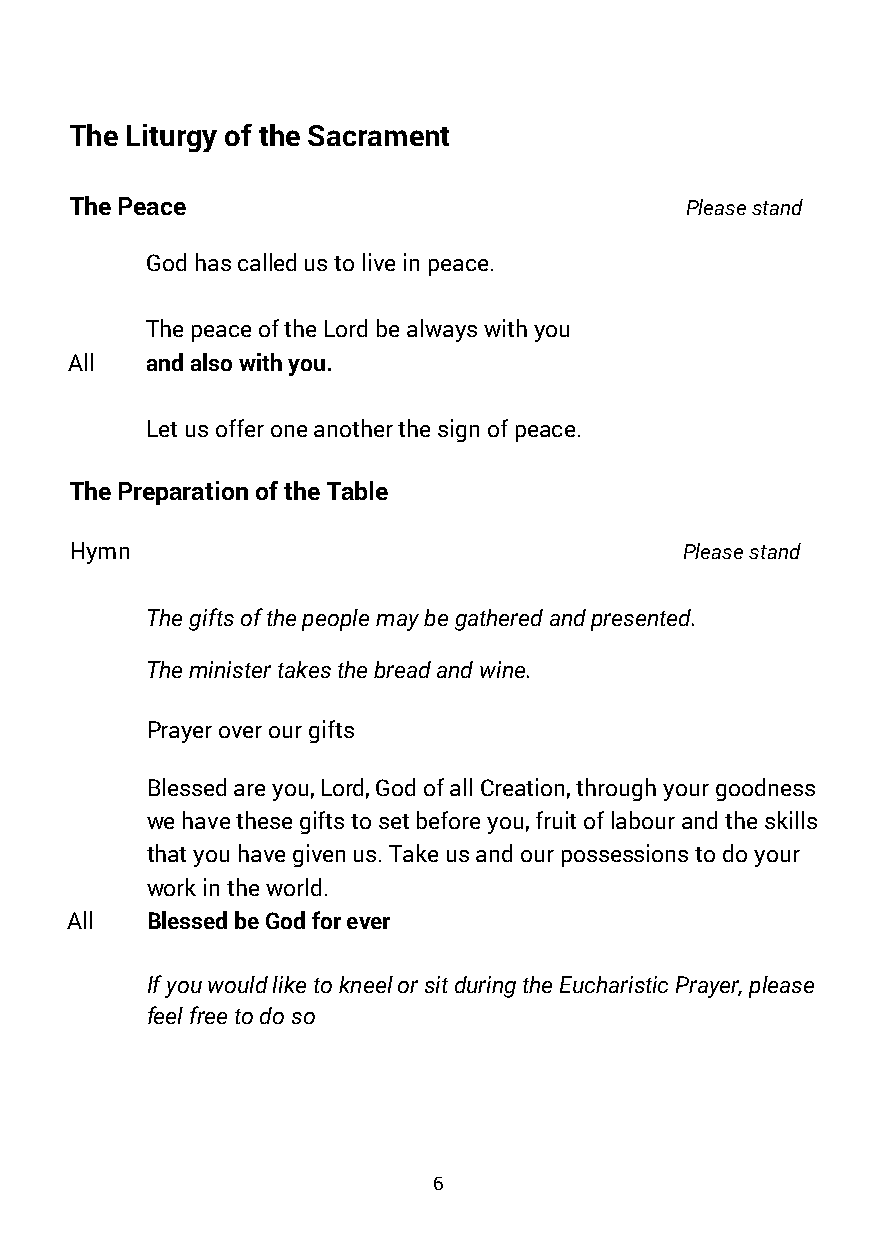
The Liturgy of the Sacrament
 The Peace                               Please stand
 God has called us to live in peace.
 The peace of the Lord be always with you
 All  and also with you.
 Let us offer one another the sign of peace.
 The Preparation of the Table
 Hymn                                    Please stand
 The gifts of the people may be gathered and presented.
 The minister takes the bread and wine.
 Prayer over our gifts
 Blessed are you, Lord, God of all Creation, through your goodness
 we have these gifts to set before you, fruit of labour and the skills
 that you have given us. Take us and our possessions to do your
 work in the world.
 All   Blessed be God for ever
 If you would like to kneel or sit during the Eucharistic Prayer, please
 feel free to do so
 6